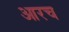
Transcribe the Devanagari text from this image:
आरच